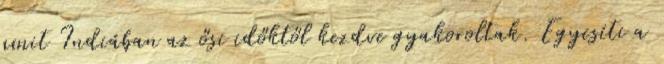
amit Indiában az ősi időktől kezdve gyakoroltak. Egyesíti a